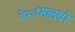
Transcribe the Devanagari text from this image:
२००१सालची